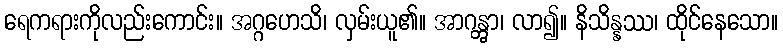
ရေကရားကိုလည်းကောင်း။ အဂ္ဂဟေသိ၊ လှမ်းယူ၏။ အာဂန္တွာ၊ လာ၍။ နိသိန္နဿ၊ ထိုင်နေသော။